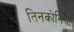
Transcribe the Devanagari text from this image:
तिनकोनिया